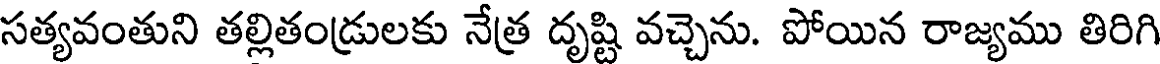
సత్యవంతుని తల్లితండ్రులకు నేత్ర దృష్టి వచ్చెను. పోయిన రాజ్యము తిరిగి